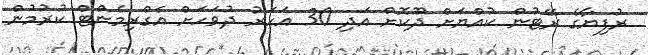
ރުފިޔާގެ ރޭޓުން ކުއްޔަށް ދޫކޮށް އަދި 30 އަހަރު ދުވަހަށް އެގްރިމެންޓް ކުރުމުން